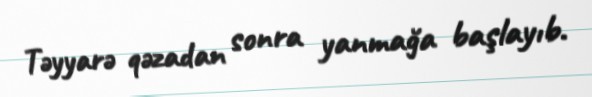
Təyyarə qəzadan sonra yanmağa başlayıb.